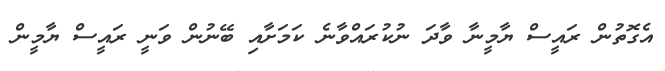
އެެގޮތުން ރައީސް ޔާމީނާ ވާދަ ނުކުރައްވާނެ ކަމަށާއި ބޭނުން ވަނީ ރައީސް ޔާމީން